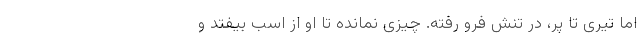
اما تیری تا پر، در تنش فرو رفته. چیزی نمانده تا او از اسب بیفتد و